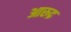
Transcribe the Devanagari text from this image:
आरुद्र